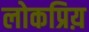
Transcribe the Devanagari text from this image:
लोकप्रिय़